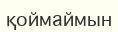
қоймаймын